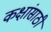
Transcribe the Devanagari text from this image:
कक्षांसाठी